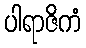
ပါရာဇိကံ